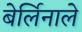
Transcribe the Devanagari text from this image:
बेर्लिनाले